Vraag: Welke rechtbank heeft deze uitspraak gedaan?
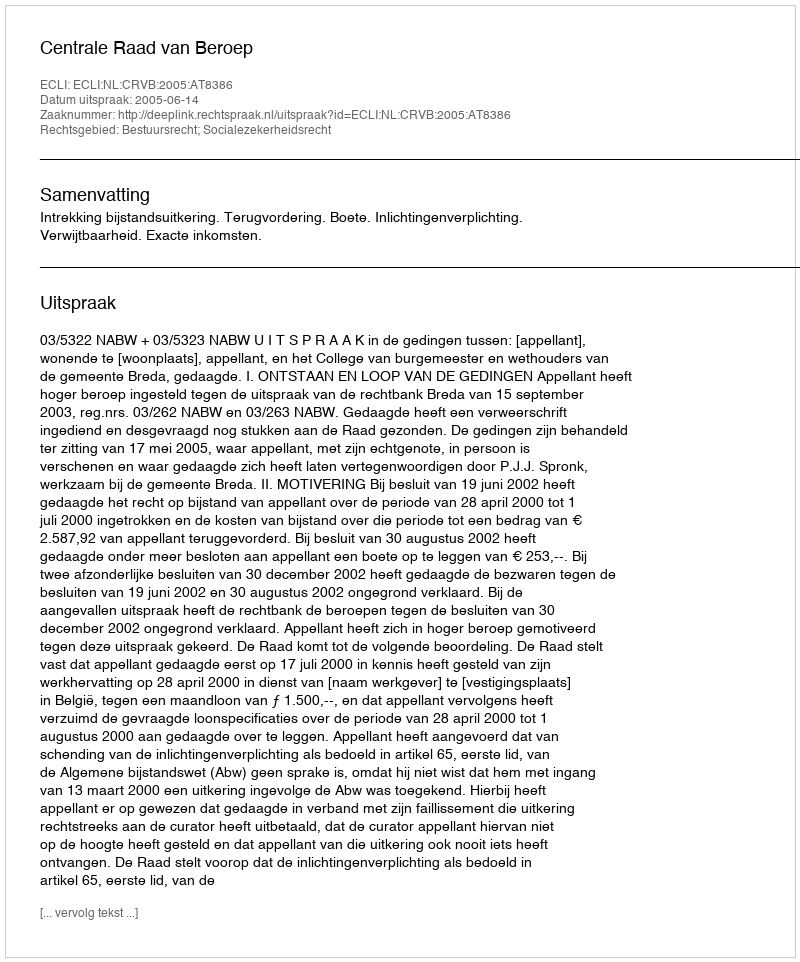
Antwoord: Centrale Raad van Beroep